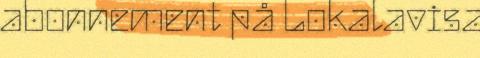
abonnement på Lokalavisa